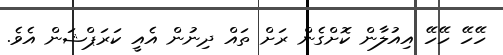
ހޭހޭ ހޭހޭ އިއުލާން ކޮށްގެން ރަށް ތައް ދިނުން އެއީ ކަރަޕްޝަން އެވެ.